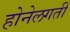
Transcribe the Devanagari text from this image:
होनेलगती